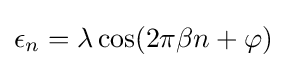
\epsilon _{n}=\lambda \cos(2\pi \beta n+\varphi )